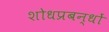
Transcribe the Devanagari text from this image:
शोधप्रबन्धों